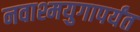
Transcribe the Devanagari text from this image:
नवाश्मयुगापर्यंत